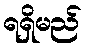
ရရှိမည်